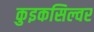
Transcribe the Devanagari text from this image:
कुइकसिल्वर